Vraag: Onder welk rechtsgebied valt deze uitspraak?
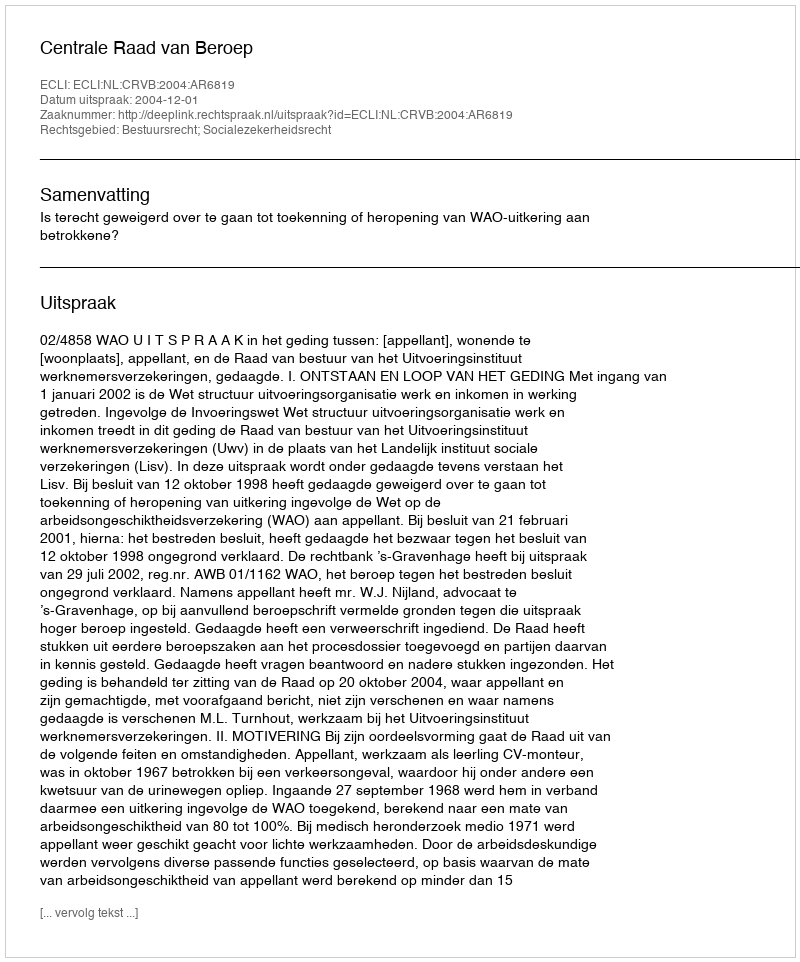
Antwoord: Bestuursrecht; Socialezekerheidsrecht